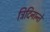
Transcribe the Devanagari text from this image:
त्रिदिनान्ते